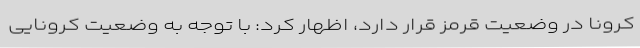
کرونا در وضعیت قرمز قرار دارد، اظهار کرد: با توجه به وضعیت کرونایی